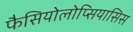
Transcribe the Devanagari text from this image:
फैसियोलोप्सियासिस